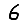
Digit: 6